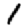
Digit: 1